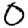
Digit: 0